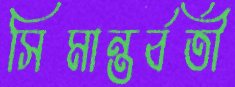
সিমান্তর্বর্তী